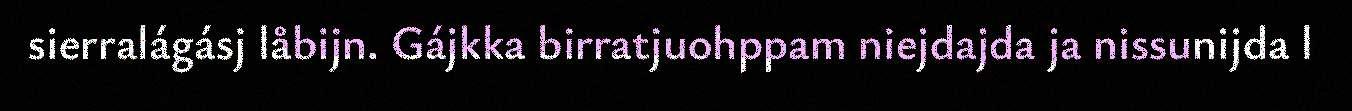
sierralágásj låbijn. Gájkka birratjuohppam niejdajda ja nissunijda l